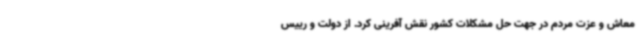
معاش و عزت مردم در جهت حل مشکلات کشور نقش آفرینی کرد. از دولت و رییس